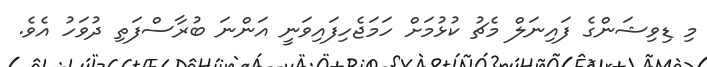
މި ޑިވިޝަންގެ ފައިނަލް މެޗު ކުޅުމަށް ހަމަޖެހިފައިވަނީ އަންނަ ބުރާސްފަތި ދުވަހު އެވެ.